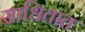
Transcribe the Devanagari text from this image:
साधितात